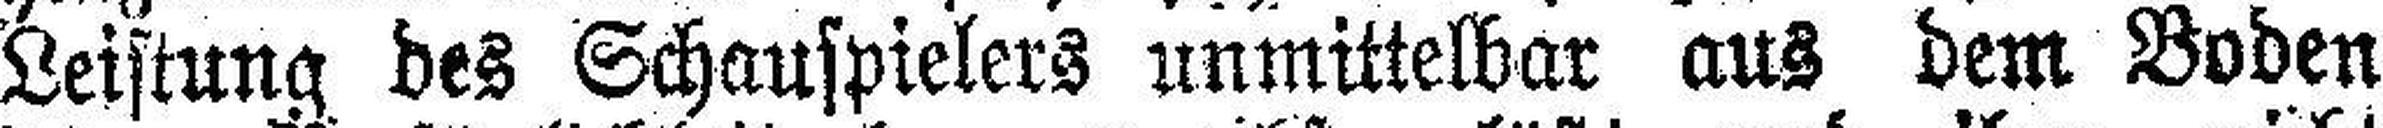
Leistung des Schauspielers unmittelbar aus dem Boden